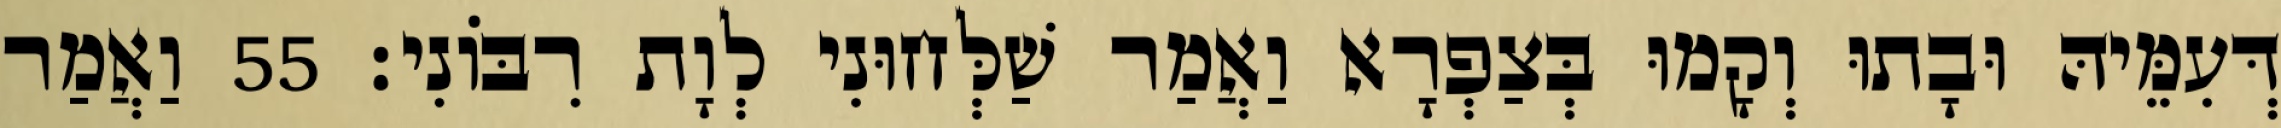
דְּעִמֵּיהּ וּבָתוּ וְקָמוּ בְּצַפְרָא וַאֲמַר שַׁלְּחוּנִי לְוָת רִבּוֹנִי׃ 55 וַאֲמַר